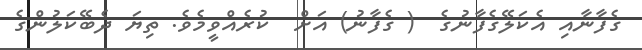
ގެފާނާއި އެކަލޭގެފާނުގެ  ( ގެފާނު) އަށް  ކުރެއްވީމެވެ. ތިޔަ ދެބޭކަލުންގެ